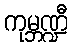
ကုမ္ဘဏ္ဍီ